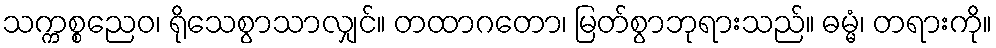
သက္ကစ္စညေဝ၊ ရိုသေစွာသာလျှင်။ တထာဂတော၊ မြတ်စွာဘုရားသည်။ ဓမ္မံ၊ တရားကို။